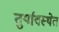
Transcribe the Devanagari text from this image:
तुर्यावस्थेत